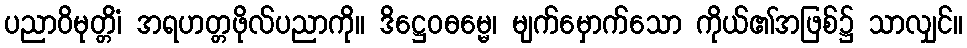
ပညာဝိမုတ္တိံ၊ အရဟတ္တဖိုလ်ပညာကို။ ဒိဋ္ဌေဝဓမ္မေ၊ မျက်မှောက်သော ကိုယ်၏အဖြစ်၌ သာလျှင်။